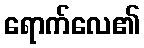
ရောက်လေ၏